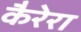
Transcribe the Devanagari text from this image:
कैरेरा